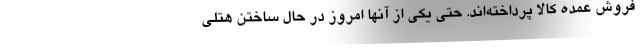
فروش عمده كالا پرداخته‌اند. حتي يكي از آنها امروز در حال ساختن هتلي